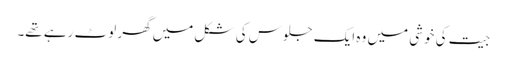
جیت کی خوشی میں وہ ایک جلوس کی شکل میں گھر لوٹ رہے تھے۔